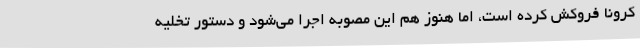
کرونا فروکش کرده است،‌ اما هنوز هم این مصوبه اجرا می‌شود و دستور تخلیه